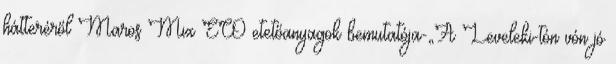
hátteréről Maros Mix ECO etetőanyagok bemutatója-„A Leveleki-tón vón jó